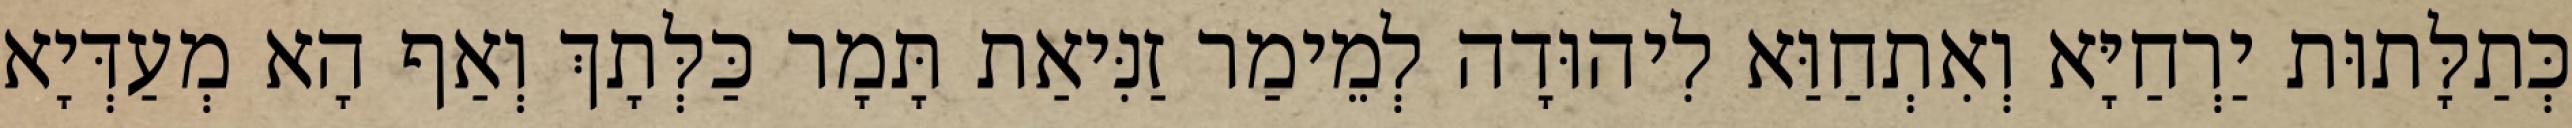
כְּתַלָּתוּת יַרְחַיָּא וְאִתְחַוַּא לִיהוּדָה לְמֵימַר זַנִּיאַת תָּמָר כַּלְּתָךְ וְאַף הָא מְעַדְּיָא